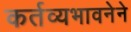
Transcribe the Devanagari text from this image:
कर्तव्यभावनेने